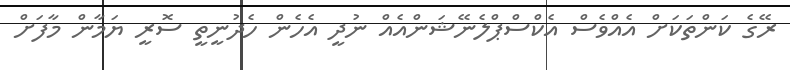
ރޭގެ ކަންތަކަށް އެއްވެސް އެކްސްޕްލެނޭޝަންއެއް ނުދީ އެހެން ހެދުނީތީ ސޮރީ ޔަމާން މާފަށް